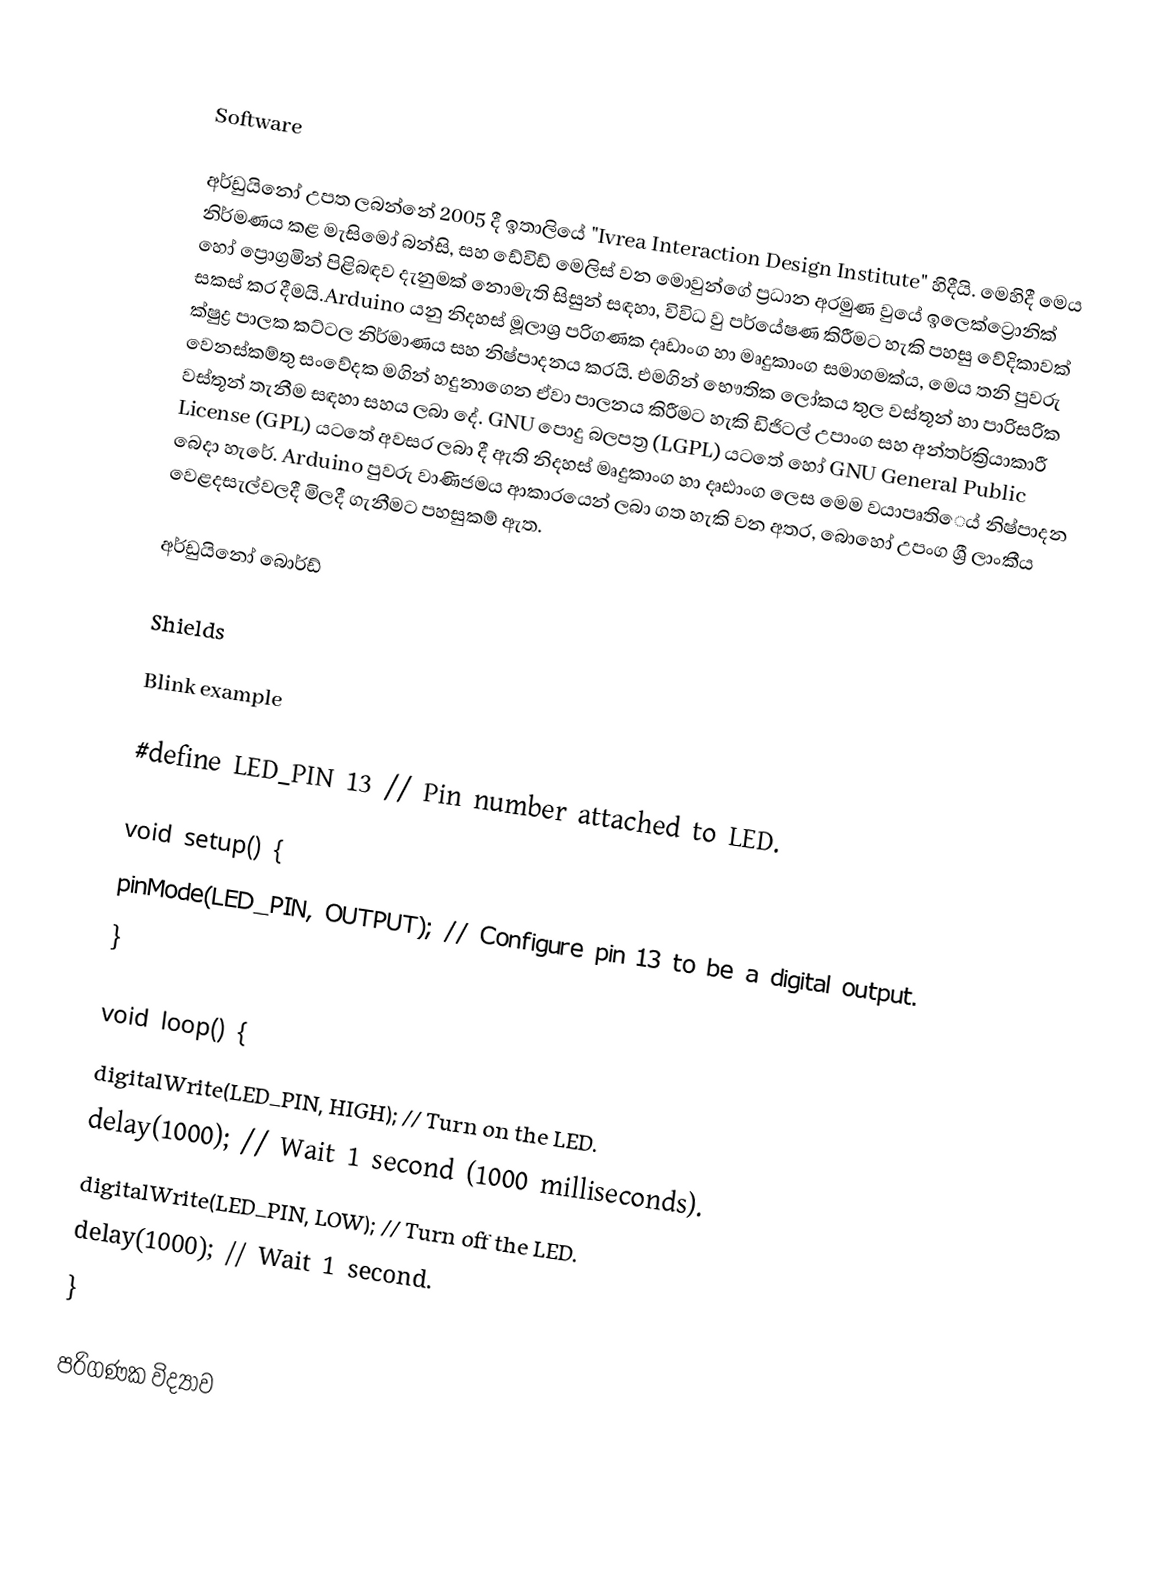

Software

අර්ඩුයිනෝ උපත ලබන්නේ 2005 දී ඉතාලියේ "Ivrea Interaction Design Institute" හිදීයි. මෙහිදී මෙය නිර්මණය කළ මැසිමෝ බන්සි, සහ ඩේවිඩ් මෙලිස් වන මොවුන්ගේ ප්‍රධාන අරමුණ වුයේ ඉලෙක්ට්‍රොනික් හෝ ප්‍රොග්‍රමින් පිළිබඳව දැනුමක් නොමැති සිසුන් සඳහා, විවිධ වු පර්යේෂණ කිරීමට හැකි පහසු වේදිකාවක් සකස් කර දීමයි.Arduino යනු නිදහස් මූලාශ්‍ර පරිගණක දෘඩාංග හා මෘදුකාංග සමාගමක්ය, මෙය තනි පුවරු ක්ෂුද්‍ර පාලක කට්ටල නිර්මාණය සහ නිෂ්පාදනය කරයි. එමගින් භෞතික ලෝකය තුල වස්තූන් හා පාරිසරික වෙනස්කම්තු සංවේදක මගින් හදුනාගෙන ඒවා පාලනය කිරීමට හැකි ඩිජිටල් උපාංග සහ අන්තර්ක්‍රියාකාරී වස්තූන් තැනීම සඳහා සහය ලබා දේ. GNU පොදු බලපත්‍ර (LGPL) යටතේ හෝ GNU General Public License (GPL) යටතේ අවසර ලබා දී ඇති නිදහස් මෘදුකාංග හා දෘඪාංග ලෙස මෙම වයාපෘතිෙය් නිෂ්පාදන බෙදා හැරේ. Arduino පුවරු වාණිජමය ආකාරයෙන් ලබා ගත හැකි වන අතර, බොහෝ උපංග ශ්‍රී ලාංකීය වෙළදසැල්වලදී මිලදී ගැනීමට පහසුකම් ඇත.

අර්ඩුයිනෝ බොර්ඩ්

Shields

Blink example

#define LED_PIN 13                  // Pin number attached to LED.

void setup() {
    pinMode(LED_PIN, OUTPUT);       // Configure pin 13 to be a digital output.
}

void loop() {
    digitalWrite(LED_PIN, HIGH);    // Turn on the LED.
    delay(1000);                    // Wait 1 second (1000 milliseconds).
    digitalWrite(LED_PIN, LOW);     // Turn off the LED.
    delay(1000);                    // Wait 1 second.
}

පරිගණක විද්‍යාව